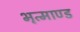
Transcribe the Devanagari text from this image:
भृत्माण्ड